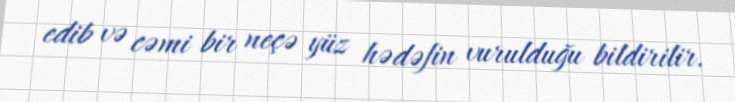
edib və cəmi bir neçə yüz hədəfin vurulduğu bildirilir.